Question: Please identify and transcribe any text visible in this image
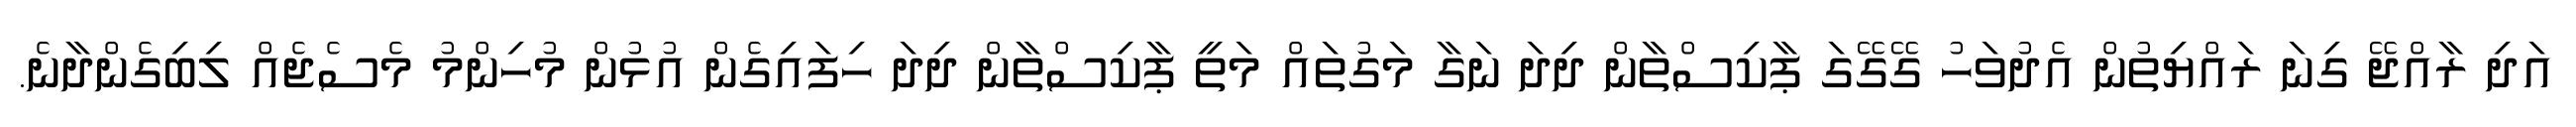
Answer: އަދި ރާއްޖޭ ގިނަ ރައްޔިތުން އެދުވަހު ގޭގޭގަ ޕާކިސްތާން ދިދަ ނަގާ މަގުތައް މަތީ ޕާކިސްތާން ދިދަ ހިފައިގެން އުޅުން މުހިންމު މެސެޖެއް ލިބިގެންދާނެ.